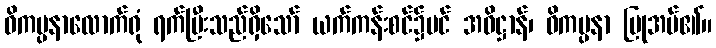
ဝိကပ္ပနာလောက်ရုံ ရက်ပြီးသည်ရှိသော် ယက်ကန်းစင်၌ပင် အဓိဋ္ဌာန်၊ ဝိကပ္ပနာ ပြုအပ်၏။